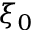
\xi _ { 0 }